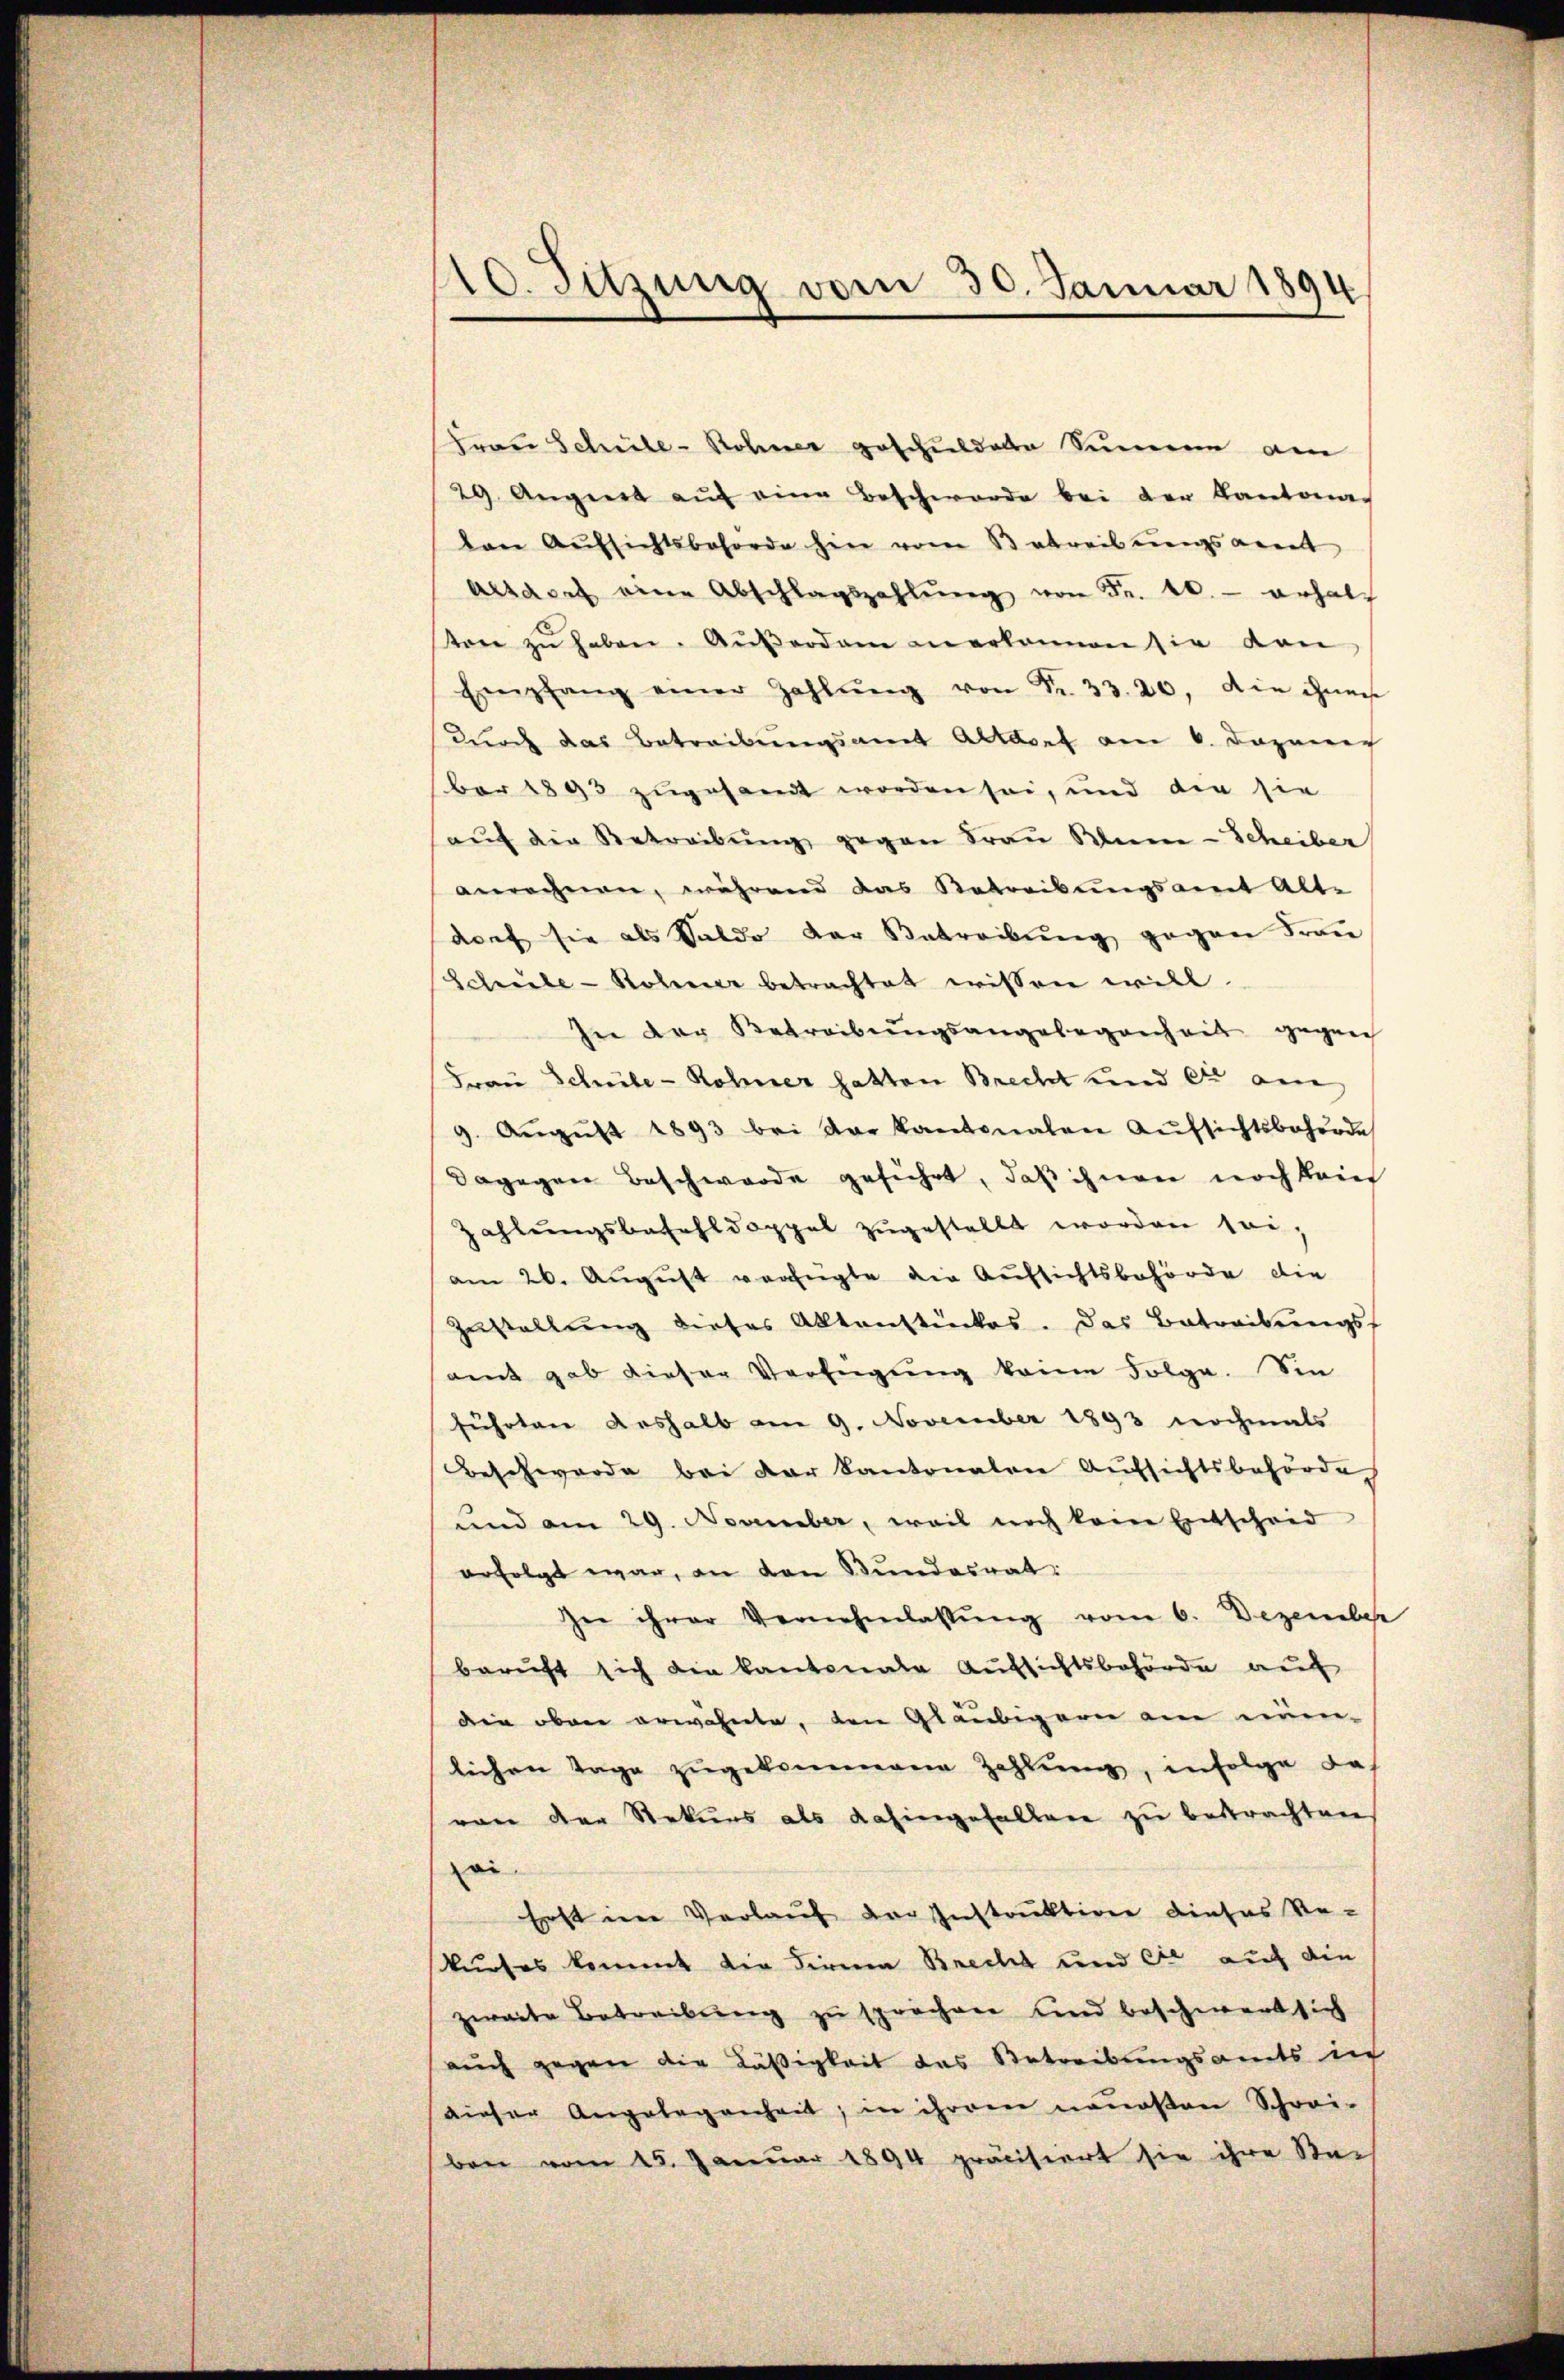
Frau Schüle - Rohner geschuldete Sinnen am
29. August aŭf eine Beschwerde bei der Kantona
den Aŭfsichtsbehörde hin vom 3 abreibungsart
Absact eine Abschlagszahlŭng von Fr. 20.- erhalt
ton zŭ haben. Aŭβerdam anerkennen sie von
Empfang einer Zahlŭng von Fr. 33. 20. Die inne
durch das Betreibungsamt Altdorf am 6. Dazenic
ber 1893 zugesamt worden sei, und die sie
aŭf die Betreibŭng gegen Frau Mine-Scheiber
anrechnen, während das Betreikungsamt Alte
dorf sie als Saldo der Betreibung gegen Frau
Schule - Rohner betrachtet wissen will.
In der Betreibŭngsangelegenheit gegen
Frau Schüle - Rohner hatten Brecht und die am
9. Aŭgŭst 1893 bei der kantonalen Aŭfsichtsbehörde
Dagegen Beschwerde geführt, daß ihnen noch krie
Zahlŭngsbefehldoppel zŭgestellt worden sei,
am 26. August verfügte die Aufsichtsbehörde die
Zustellung dieses Aktenstückes. Das Betreibungs-
amnt gab dieser Verfügung keine Folge. Sin
führten deshalb am 9. November 1893 nochmals
Beschwerde bei der kantonalen Aufsichtsbehörde
und am 29. November, weil noch kein Entscheid
erfolgt war, an den Bundesrat
In ihrer Vernehmlassŭng vom 6. Dezember
beruft sich die Kantonale Aufsichtsbehörde auf
die oben erwähnte, den Gläubigern am nuen-
lichen Tage zugekommene Zahlung, infolge das
ran der Rekurs als dahingefallen zu bestrachten
oi
Erst im Verlauf der Instruktion dieses Re-
kurses kommt die Firnen Brecht und die auf die
zweite Betreibung zu sprachen und beschwert sich
auch gegen die Läßigkeit das Betreibungsamts in
dieser Angelegenheit, in ihrem neuesten Schrei-
ben vom 25. Januar 1894 präcisiert sie ihre Stei

10. Sitzung vom 30. Januar 1894